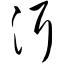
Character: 洱